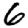
Digit: 6